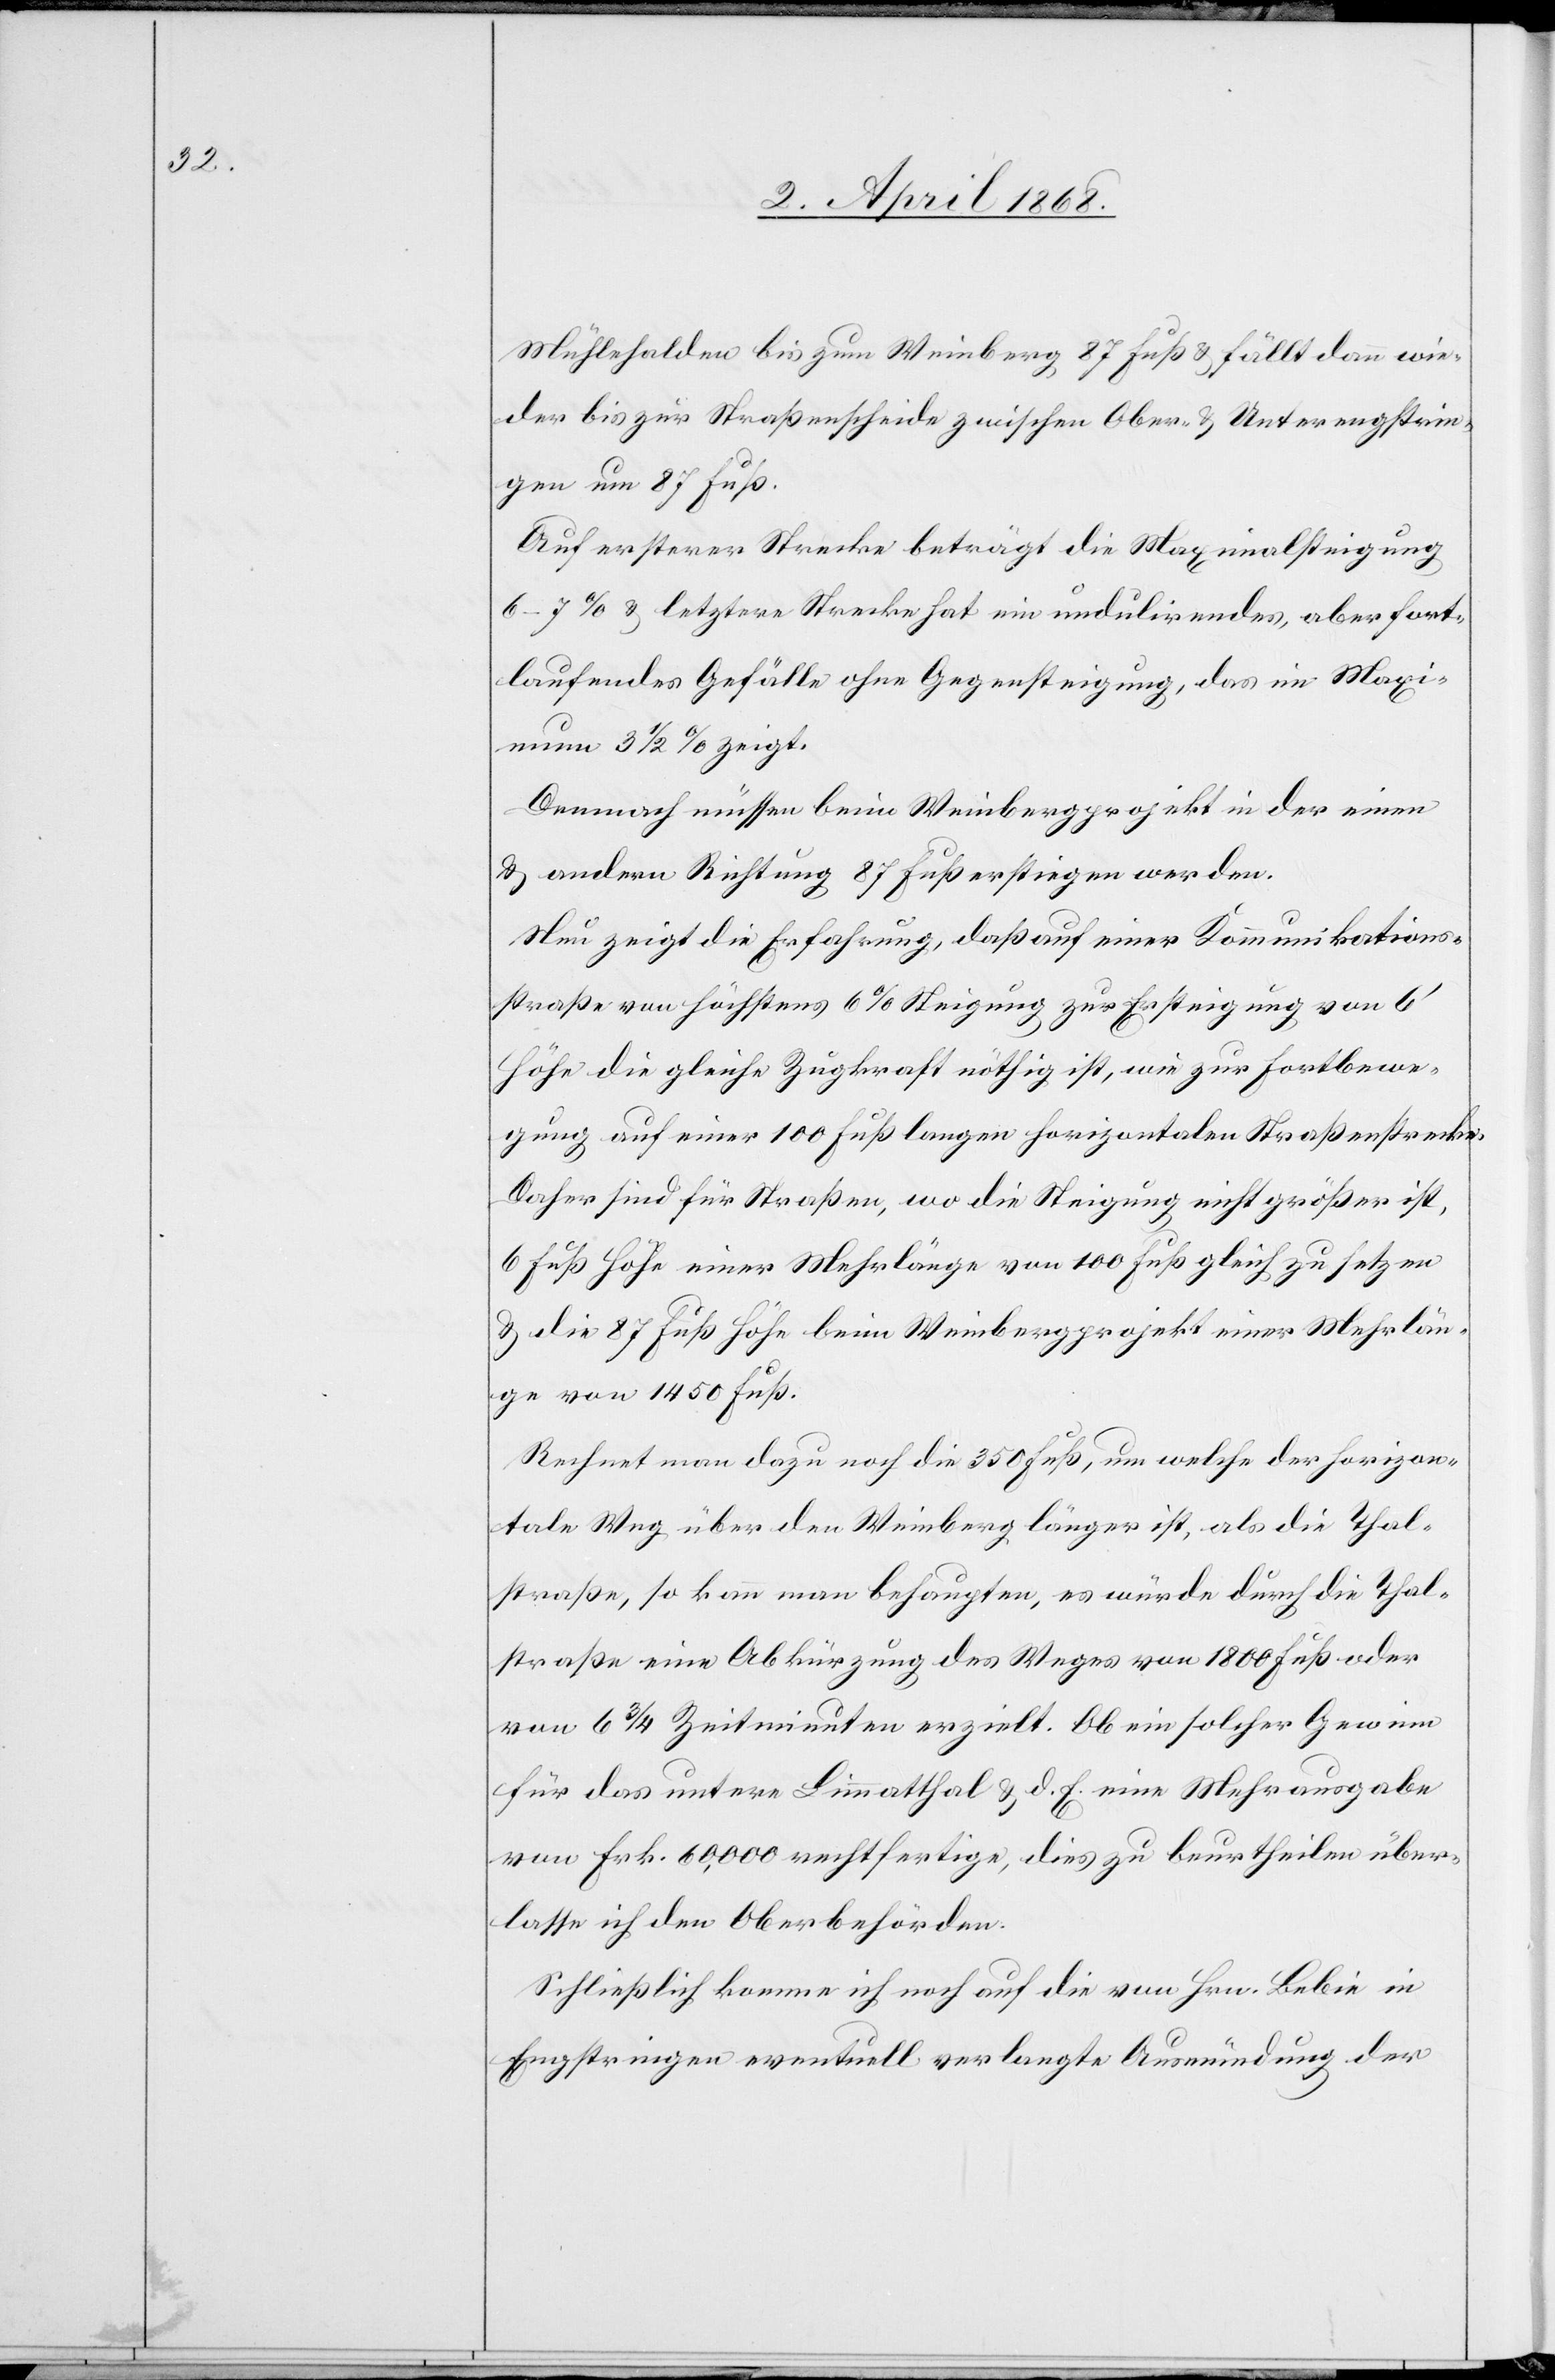
Mühlehalden bis zum Weinberg 87 Fuß & fällt dann wie¬
der bis zur Straßenscheide zwischen Ober- & Unterengstrin¬
gen um 87 Fuß.
Auf ersterer Strecke beträgt die Maximalsteigung
6–7% & letztere Strecke hat ein undulirendes, aber fort¬
laufendes Gefälle ohne Gegensteigung, das im Maxi¬
mum 3 1/2 % zeigt.
Demnach müssen beim Weinbergprojekt in der einen
& andern Richtung 87 Fuß erstiegen werden.
Nun zeigt die Erfahrung, daß auf einer Kommunikations¬
straße von höchstens 6% Steigung zur Ersteigung von 6‘
Höhe die gleiche Zugkraft nöthig ist, wie zur Fortbewe¬
gung auf einer 100 Fuß langen horizontalen Straßenstrecke.
Daher sind für Straßen, wo die Steigung nicht größer ist,
6 Fuß Höhe einer Mehrlänge von 100 Fuß gleich zu setzen
& die 87 Fuß Höhe beim Weinbergprojekt einer Mehrlän¬
ge von 1450 Fuß.
Rechnet man dazu noch die 350 Fuß, um welche der horizon¬
tale Weg über den Weinberg länger ist, als die Thal¬
straße, so kann man behaupten, es würde durch die Thal¬
straße eine Abkürzung des Weges von 1800 Fuß oder
von 6 3/4 Zeitminuten erzielt. Ob ein solcher Gewinn
für das untere Limmatthal & d. E. eine Mehrausgabe
von Frk. 60,000 rechtfertige, dies zu beurtheilen über¬
lasse ich den Oberbehörden.
Schließlich komme ich noch auf die von Hrn. Bebie in
Engstringen eventuell verlangte Ausmündung der